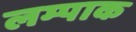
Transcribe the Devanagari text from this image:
लम्पाक